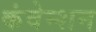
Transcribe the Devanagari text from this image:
कंवेन्शन